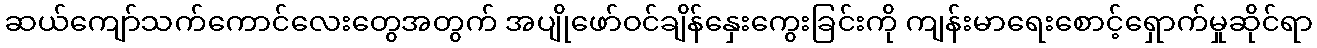
ဆယ်ကျော်သက်ကောင်လေးတွေအတွက် အပျိုဖော်ဝင်ချိန်နှေးကွေးခြင်းကို ကျန်းမာရေးစောင့်ရှောက်မှုဆိုင်ရာ